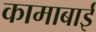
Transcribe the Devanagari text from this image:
कामाबाई